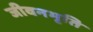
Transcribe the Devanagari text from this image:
जीवनभृति